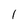
Character: 1